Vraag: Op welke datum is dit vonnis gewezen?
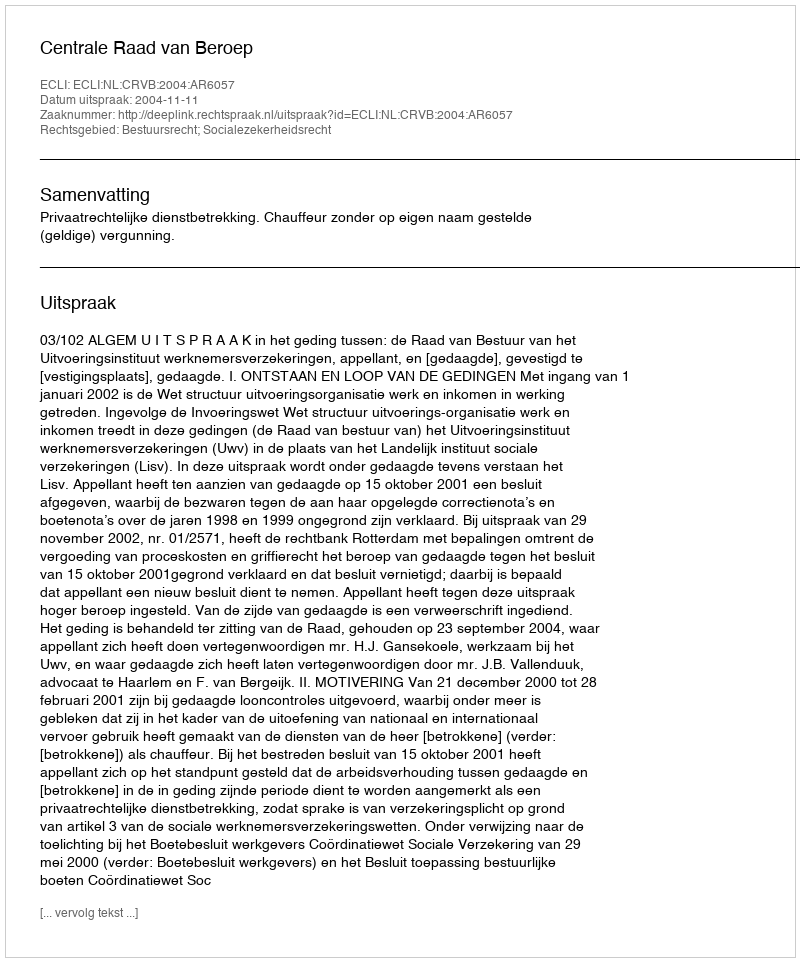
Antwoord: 2004-11-11